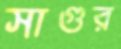
সাগুর